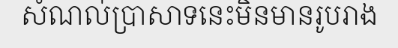
សំណល់ប្រាសាទនេះមិនមានរូបរាង